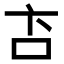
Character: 𬽅